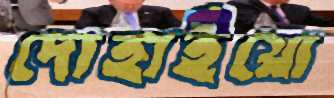
দোহাইয়ো